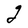
Character: g